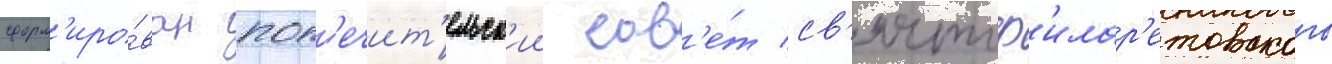
сформ'иро́ван поп'ечит'ельск'ии сов'е́т св'ятоф'илар'етовского